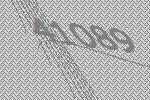
41089